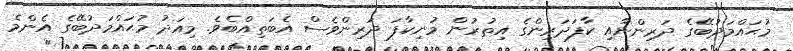
މުޙައްމަދުބޭގެ ދަރިންނާއި ކާފަދަރިންގެ އިތުރުން މުނިކާފަ ދަރިންވެސް އެބަތިއްބެވެ. މިއަދު މުޙައްމަދުބޭގެ އެންމެ